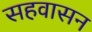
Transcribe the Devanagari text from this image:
सहवासन